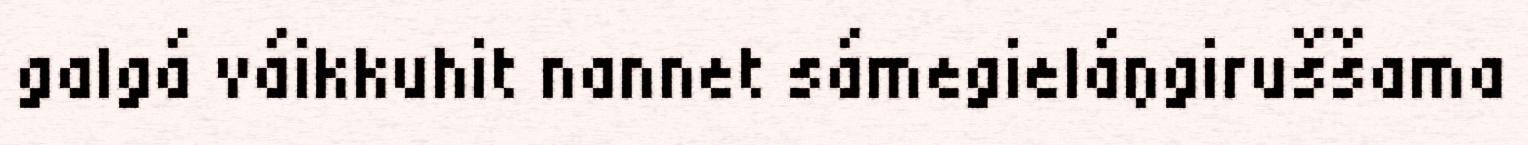
galgá váikkuhit nannet sámegieláŋgiruššama